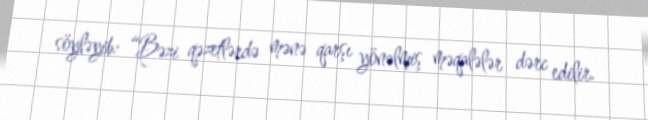
söyləyib: “Bəzi qəzetlərdə mənə qarşı yönəlmiş məqalələr dərc edilir.